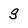
Character: g